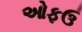
ઓફઉ